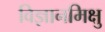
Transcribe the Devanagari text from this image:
विज्ञानमिक्षु